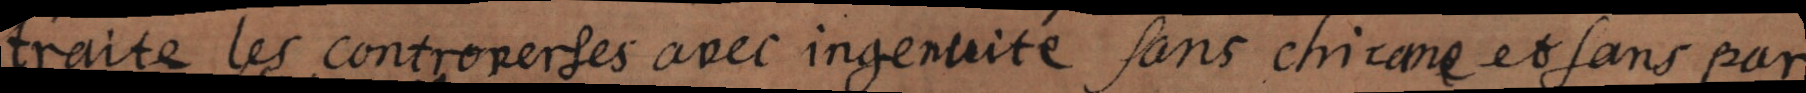
traite les controverses avec ingenuité, sans chicane et sans par